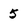
Character: 5